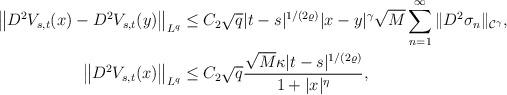
LaTeX: \begin{align*}\big\|D^2 V_{s,t}(x) - D^2 V_{s,t}(y)\big\|_{L^q} &\leq C_2 \sqrt{q} |t-s|^{1/(2 \varrho)} |x - y|^{\gamma} \sqrt{M} \sum_{n = 1}^{\infty} \| D^2 \sigma_n \|_{\mathcal{C}^{\gamma}}, \\\big\| D^2 V_{s,t}(x) \big\|_{L^q} &\leq C_2 \sqrt{q} \frac{\sqrt{M} \kappa |t - s|^{1/(2\varrho)}}{1 + |x|^{\eta}},\end{align*}